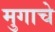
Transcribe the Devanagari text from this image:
मुगाचे